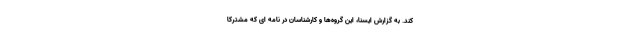
کند. به گزارش ایسنا، این گروه‌ها و کارشناسان در نامه ای که مشترکا